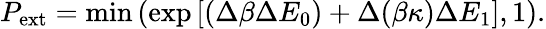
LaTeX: P_{\mathrm{ext}}=\mathrm{min}\left(\exp\left[(\Delta\beta\Delta E_{0})+\Delta(\beta\kappa)\Delta E_{1}\right],1\right).